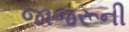
જાજરૂની